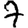
Digit: 7